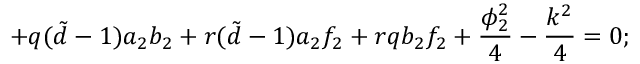
+ q ( { \tilde { d } } - 1 ) a _ { 2 } b _ { 2 } + r ( { \tilde { d } } - 1 ) a _ { 2 } f _ { 2 } + r q b _ { 2 } f _ { 2 } + \frac { \phi _ { 2 } ^ { 2 } } { 4 } - \frac { k ^ { 2 } } { 4 } = 0 ;